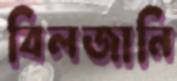
বিলজানি